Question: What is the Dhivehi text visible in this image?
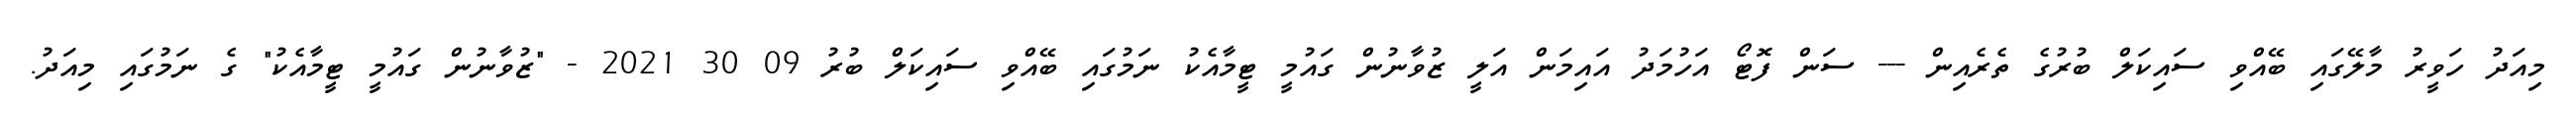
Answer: މިއަދު ހަވީރު މާލޭގައި ބޭއްވި ސައިކަލް ބުރުގެ ތެރެއިން --- ސަން ފޮޓޯ އަހުމަދު އައިމަން އަލީ ޒުވާނުން ގައުމީ ޓީމާއެކު ނަމުގައި ބޭއްވި ސައިކަލް ބުރު 09 30 2021 - "ޒުވާނުން ގައުމީ ޓީމާއެކު" ގެ ނަމުގައި މިއަދު.